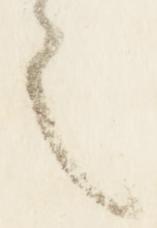
之